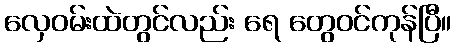
လှေဝမ်းထဲတွင်လည်း ရေ တွေဝင်ကုန်ပြီ။